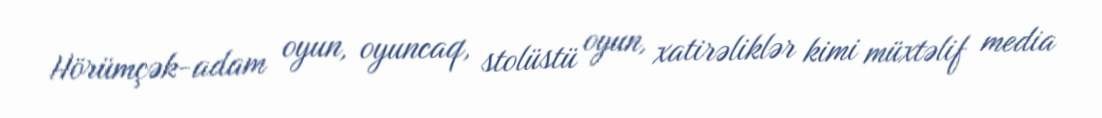
Hörümçək-adam oyun, oyuncaq, stolüstü oyun, xatirəliklər kimi müxtəlif media